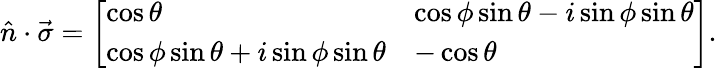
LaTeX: \hat{n}\cdot\vec{\sigma}=\left[\begin{array}{ll}{\cos\theta}&{\cos\phi\sin\theta-i\sin\phi\sin\theta}\\ {\cos\phi\sin\theta+i\sin\phi\sin\theta}&{-\cos\theta}\end{array}\right].